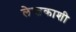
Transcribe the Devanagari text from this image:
लेखकाशी